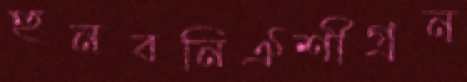
হুনবনিঐশীগ্রন্